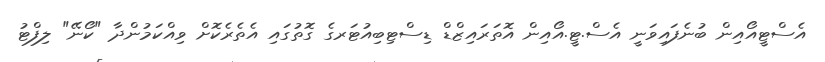
އެސްޓީއޯއިން ބުނެފައިވަނީ އެސް.ޓީ.އޯއިން އޮތަރައިޒްޑް ޑިސްޓިބިއުޓަރގެ ގޮތުގައި އެތެރެކޮށް ވިއްކަމުންދާ "ކޯނޭ" ލިފްޓު